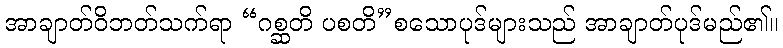
အာချာတ်ဝိဘတ်သက်ရာ “ဂစ္ဆတိ ပစတိ”စသောပုဒ်များသည် အာချာတ်ပုဒ်မည်၏။